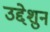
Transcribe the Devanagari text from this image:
उद्देशुन